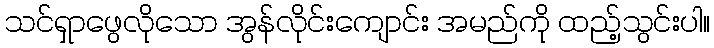
သင်ရှာဖွေလိုသော အွန်လိုင်းကျောင်း အမည်ကို ထည့်သွင်းပါ။